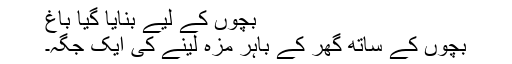
بچوں کے لیے بنایا گیا باغ
بچوں کے ساتھ گھر کے باہر مزہ لینے کی ایک جگہ۔